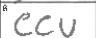
Transcription: CCU